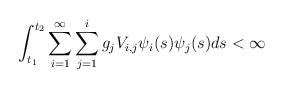
LaTeX: \begin{align*}\int_{t_1}^{t_2}\sum_{i=1}^{\infty} \sum_{j=1}^{i} g_j V_{i,j}\psi_i(s)\psi_j(s)ds <\infty\end{align*}